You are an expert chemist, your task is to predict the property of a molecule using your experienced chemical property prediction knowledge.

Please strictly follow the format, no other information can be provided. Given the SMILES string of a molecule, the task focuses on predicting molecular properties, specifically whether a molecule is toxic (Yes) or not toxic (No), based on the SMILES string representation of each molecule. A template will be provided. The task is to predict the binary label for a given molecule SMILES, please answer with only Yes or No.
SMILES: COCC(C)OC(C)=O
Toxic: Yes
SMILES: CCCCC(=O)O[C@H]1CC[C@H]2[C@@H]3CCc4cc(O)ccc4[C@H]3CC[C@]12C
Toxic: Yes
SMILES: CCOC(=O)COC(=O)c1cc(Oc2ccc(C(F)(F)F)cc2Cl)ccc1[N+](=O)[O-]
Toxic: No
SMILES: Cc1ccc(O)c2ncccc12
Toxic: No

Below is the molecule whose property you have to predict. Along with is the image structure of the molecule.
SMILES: CN(C)CCN(Cc1cccs1)c1ccccn1
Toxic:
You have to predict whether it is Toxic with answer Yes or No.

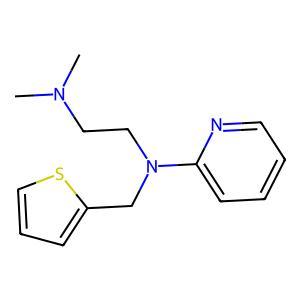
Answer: No